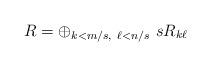
LaTeX: \begin{align*}R= \oplus_{k< m/s,\ \ell<n/s}\ s R_{k\ell}\end{align*}